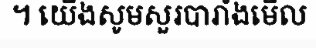
។ យើងសូមសួរបារាំងមើល